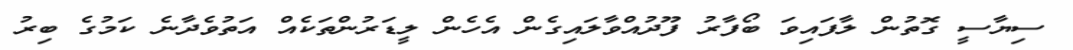
ސިޔާސީ ގޮތުން ލާފައިވަ ބޯފާރު ފޫދުއްވާލައިގެން އެހެން ލީޑަރުންތަކެއް އަތުވެދާނެ ކަމުގެ ބިރު